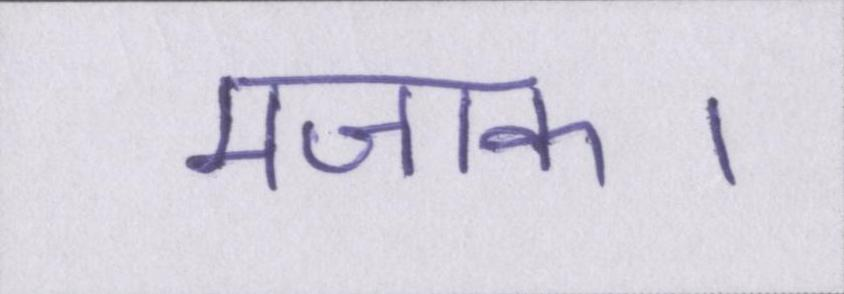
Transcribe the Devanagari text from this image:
मजाक।